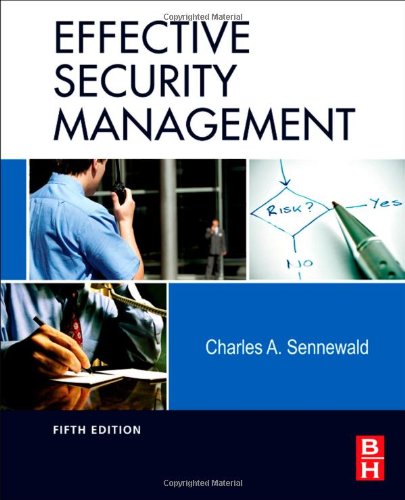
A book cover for Effective Security Management, Fifth Edition; Charles A. Sennewald CPP; Business & Money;